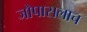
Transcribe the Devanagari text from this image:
जोपासलाच